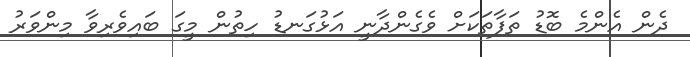
ދެން އެންމެ ބޮޑު ތަފާތަކަށް ވެގެންދާނީ އަޅުގަނޑު ހިތުން މީގަ ބައިވެރިވާ މިންވަރު